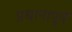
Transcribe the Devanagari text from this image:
प्रधानापूर्व